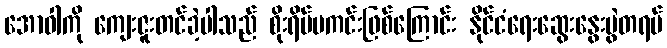
အောဝါကို ကျေးဇူးတင်ခဲ့ပါသည် စိုးရိမ်မကင်းဖြစ်ကြောင်း နိုင်ငံရေးဆွေးနွေးပွဲတရပ်